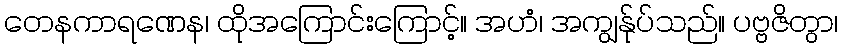
တေနကာရဏေန၊ ထိုအကြောင်းကြောင့်။ အဟံ၊ အကျွန်ုပ်သည်။ ပဗ္ဗဇိတွာ၊